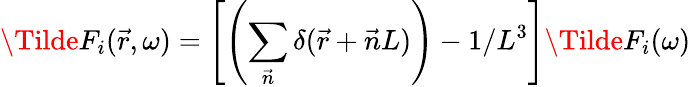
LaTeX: \Tilde{F}_{i}(\vec{r},\omega)=\left[\left(\sum_{\vec{n}}\delta(\vec{r}+\vec{n}L)\right)-1/L^{3}\right]\Tilde{F}_{i}(\omega)